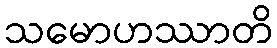
သမောဟဿာတိ